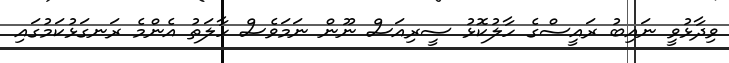
ވިދާޅުވީ ނައިބު ރައީސްގެ ހާލުކޮޅު ސީރިއަސް ނޫން ނަމަވެސް ހާލަތު އެންމެ ރަނގަޅުކަމުގައި